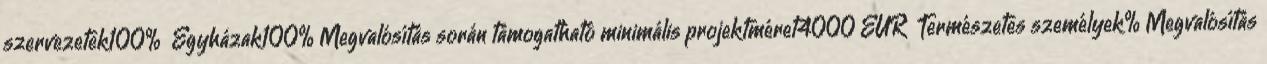
szervezetek100% ▪Egyházak100%▪Megvalósítás során támogatható minimális projektméret4000 EUR ▪Természetes személyek%▪Megvalósítás